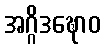
အဂ္ဂိဒဍ္ဎောဝ